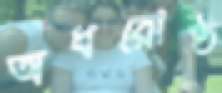
অধরোষ্ঠ